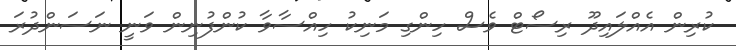
ކުރިން އެއްލައިދޫ ރިސޯޓް ވެސް ހިންގި މަނިކު ހިއްސާވާ ކުންފުނިން ވަނީ ނަސަންދުރަ